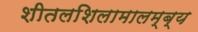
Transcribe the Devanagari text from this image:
शीतलशिलामालम्ब्य